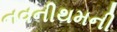
નવનીથમની